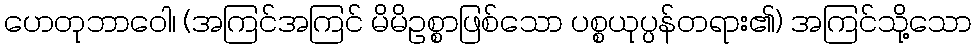
ဟေတုဘာဝေါ၊ (အကြင်အကြင် မိမိဥစ္စာဖြစ်သော ပစ္စယုပ္ပန်တရား၏) အကြင်သို့သော